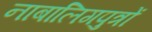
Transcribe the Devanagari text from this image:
नाबालिगपुत्रों